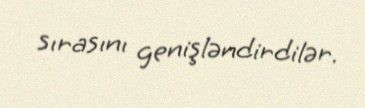
sırasını genişləndirdilər.